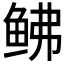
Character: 𫚒